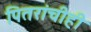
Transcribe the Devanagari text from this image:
पितरांचीही